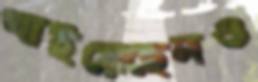
খাইয়েছেনও